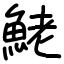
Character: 鮱